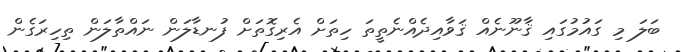
ބަލަ މި ގައުމުގައި ޤާނޫނެއް ޤަވާއިދެއްނެތީތަ ހިތަށް އެރިގޮތަށް ފުނޑާލަން ނައްތާލަން ތިހިރަގެން